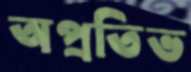
অপ্রতিভ